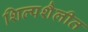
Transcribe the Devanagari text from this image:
शिल्पशैलीत